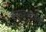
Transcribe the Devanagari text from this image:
स्आव्आःईळी